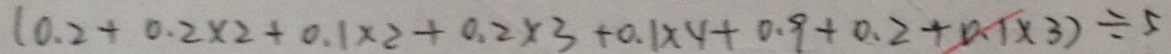
( 0 . 2 + 0 . 2 \times 2 + 0 . 1 \times 2 + 0 . 2 \times 3 + 0 . 1 \times 4 + 0 . 9 + 0 . 2 + 0 . 1 \times 3 ) \div 5